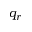
q _ { r }